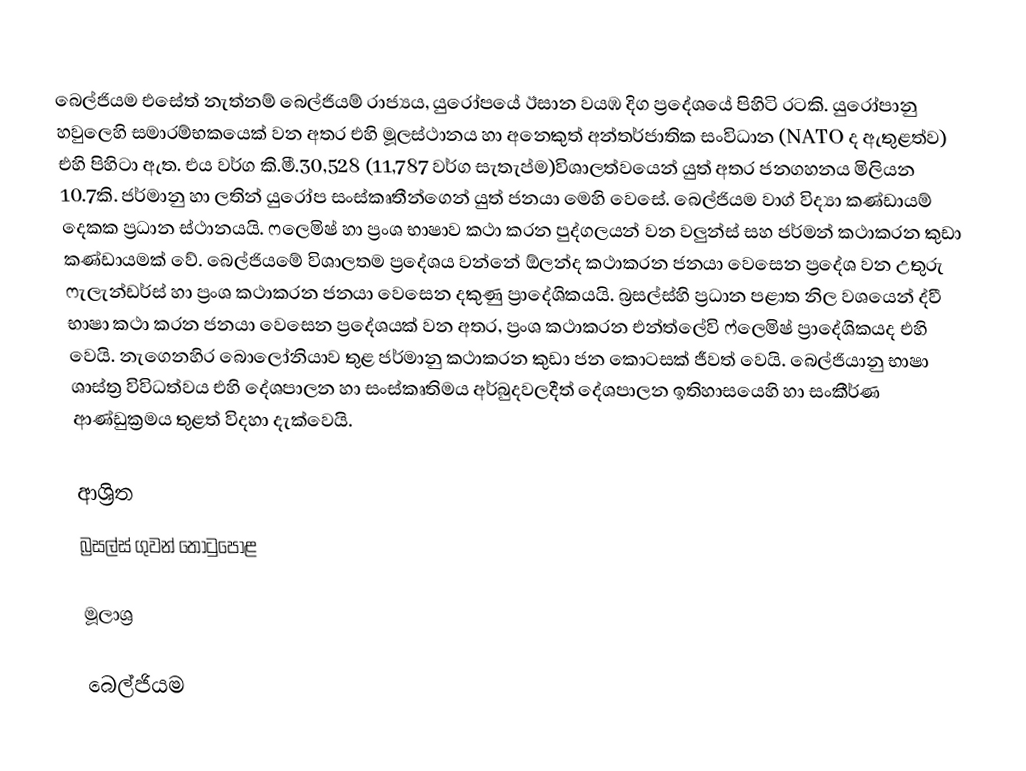
බෙල්ජියම එසේත් නැත්නම් බෙල්ජියම් රාජ්‍යය, යුරෝපයේ ඊසාන වයඹ දිග ප්‍රදේශයේ පිහිටි රටකි. යුරෝපානු හවුලෙහි සමාරම්භකයෙක් වන අතර එහි මූලස්ථානය හා අනෙකුත් අන්තර්ජාතික සංවිධාන (NATO ද ඇතුළත්ව) එහි පිහිටා ඇත. එය වර්ග කි.මී.30,528 (11,787 වර්ග සැතැප්ම)විශාලත්වයෙන් යුත් අතර ජනගහනය මිලියන 10.7කි. ජර්මානු හා ලතින් යුරෝප සංස්කෘතීන්ගෙන් යුත් ජනයා මෙහි වෙසේ. බෙල්ජියම වාග් විද්‍යා කණ්ඩායම් දෙකක ප්‍රධාන ස්ථානයයි. ෆලෙමිෂ් හා ප්‍රංශ භාෂාව කථා කරන පුද්ගලයන් වන වලුන්ස් සහ ජර්මන් කථාකරන කුඩා කණ්ඩායමක් වේ. බෙල්ජියමේ විශාලතම ප්‍රදේශය වන්නේ ඕලන්ද කථාකරන ජනයා වෙසෙන ප්‍රදේශ වන උතුරු ෆැලැන්ඩර්ස් හා ප්‍රංශ කථාකරන ජනයා වෙසෙන දකුණු ප්‍රාදේශිකයයි. බ්‍රසල්ස්හි ප්‍රධාන පළාත නිල වශයෙන් ද්වී භාෂා කථා කරන ජනයා වෙසෙන ප්‍රදේශයක් වන අතර, ප්‍රංශ කථාකරන එන්ත්ලේවි ෆ්ලෙමිෂ් ප්‍රාදේශිකයද එහි වෙයි. නැගෙනහිර බොලෝනියාව තුළ ජර්මානු කථාකරන කුඩා ජන කොටසක් ජීවත් වෙයි. බෙල්ජියානු භාෂා ශාස්ත්‍ර විවිධත්වය එහි දේශපාලන හා සංස්කෘතිමය අර්බුදවලදීත් දේශපාලන ඉතිහාසයෙහි හා සංකීර්ණ ආණ්ඩුක්‍රමය තුළත් විදහා දැක්වෙයි.

ආශ්‍රිත
 බ්‍රසල්ස් ගුවන් තොටුපොළ

මූලාශ්‍ර

බෙල්ජියම